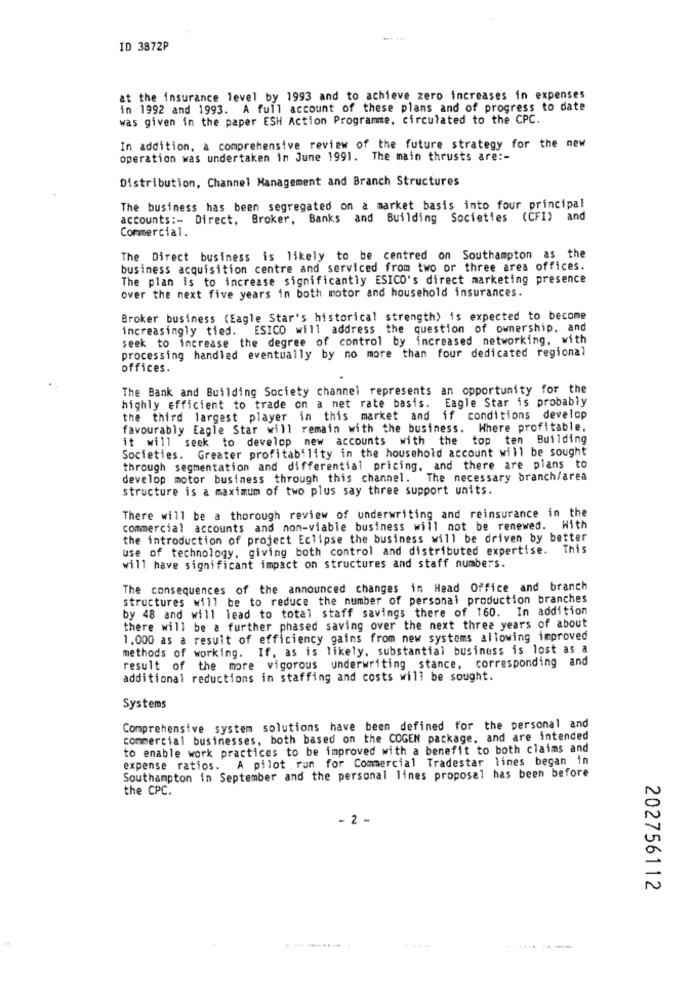
ID 3872P
at the insurance level by 1993 and to achieve zero increases in expenses
in 1992 and 1993. A full account of these plans and of progress to date
was given in the paper ESH Action Programme. circulated to the CPC.
In addition, a comprehensive review of the future strategy for the new
operation was undertaken in June 1991. The main thrusts are :-
Distribution, Channel Management and Branch Structures
The business has been segregated on a market basis into four principal
accounts :- Direct, Broker, Banks and Building Societies (CFI) and
Commercial.
The Direct business is likely to be centred on Southampton as the
business acquisition centre and serviced from two or three area offices.
The plan is to increase significantly ESICO's direct marketing presence
over the next five years in both motor and household insurances.
Broker business (Eagle Star's historical strength) is expected to become
increasingly tied. ESICO will address the question of ownership, and
seek to increase the degree of control by increased networking, with
processing handled eventually by no more than four dedicated regional
offices.
The Bank and Building Society channel represents an opportunity for the
highly efficient to trade on a net rate basis. Eagle Star is probably
the third largest player in this market and if conditions develop
favourably Eagle Star will remain with the business. Where profitable,
it will seek to develop new accounts with the top ten Building
Societies. Greater profitability in the household account will be sought
through segmentation and differential pricing, and there are plans to
develop motor business through this channel. The necessary branch/area
structure is a maximum of two plus say three support units.
There will be a thorough review of underwriting and reinsurance in the
commercial accounts and non-viable business will not be renewed. With
the introduction of project Eclipse the business will be driven by better
use of technology, giving both control and distributed expertise. This
will have significant impact on structures and staff numbers.
The consequences of the announced changes in Head Office and branch
structures will be to reduce the number of personal production branches
by 48 and will lead to total staff savings there of 160. In addition
there will be a further phased saving over the next three years of about
1.000 as a result of efficiency gains from new systems allowing improved
methods of working. If, as is likely, substantial business is lost as a
result of the more vigorous underwriting stance, corresponding and
additional reductions in staffing and costs will be sought.
Systems
Comprehensive system solutions have been defined for the personal and
commercial businesses, both based on the COGEN package, and are intended
to enable work practices to be improved with a benefit to both claims and
expense ratios. A pilot run for Commercial Tradestar lines began in
Southampton in September and the personal lines proposal has been before
the CPC.
- 2 -
202756112
..... .......